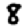
Digit: 8